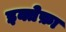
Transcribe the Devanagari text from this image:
इक्तेफ़ा